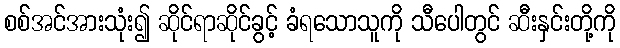
စစ်အင်အားသုံး၍ ဆိုင်ရာဆိုင်ခွင့် ခံရသောသူကို သီပေါတွင် ဆီးနှင်းတို့ကို